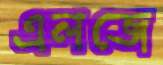
এলজে